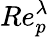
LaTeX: Re_{p}^{\lambda}